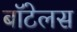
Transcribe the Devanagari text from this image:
बॉटेलस